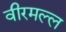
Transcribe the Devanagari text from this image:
वीरमल्ल